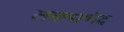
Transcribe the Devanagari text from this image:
लक्ष्यभेद